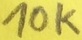
Text: 10K